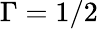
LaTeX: \Gamma=1/2